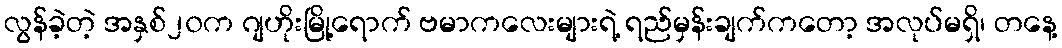
လွန်ခဲ့တဲ့ အနှစ်၂၀က ဂျဟိုးမြို့ရောက် ဗမာကလေးများရဲ့ ရည်မှန်းချက်ကတော့ အလုပ်မရှိ၊ တနေ့